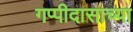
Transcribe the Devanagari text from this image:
गप्पीदासाच्या